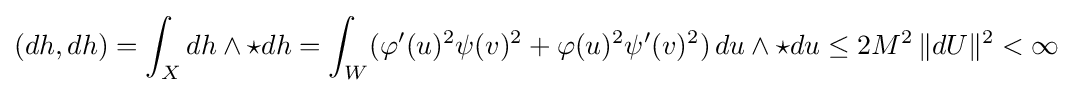
(dh,dh)=\int _{X}dh\wedge \star dh=\int _{W}(\varphi ^{\prime }(u)^{2}\psi (v)^{2}+\varphi (u)^{2}\psi ^{\prime }(v)^{2})\,du\wedge \star du\leq 2M^{2}\,\|dU\|^{2}<\infty